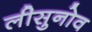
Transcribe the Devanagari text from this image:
लीसुनोव